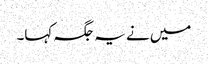
میں نے یہ جگہ کہا۔